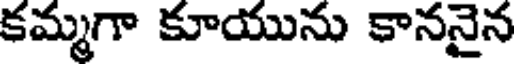
కమ్మగా కూయును కాననైన